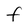
Character: F